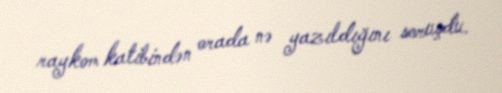
raykom katibindən orada nə yazıldığını soruşdu.